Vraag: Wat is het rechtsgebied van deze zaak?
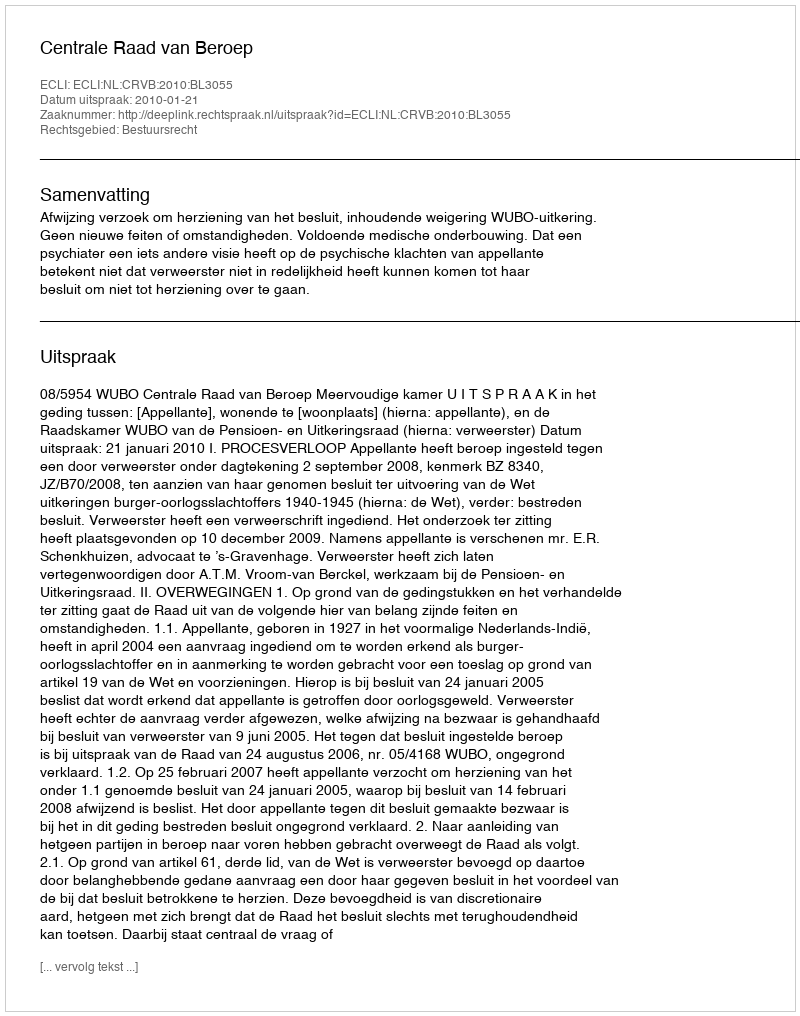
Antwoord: Bestuursrecht